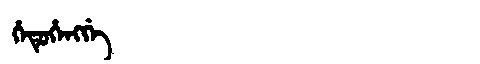
Manchu: ᡥᡝᡨᡠᡥᡝᠩᡤᡝ
Romanization: HETUHENGGE